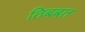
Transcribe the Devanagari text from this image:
तिबबत